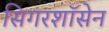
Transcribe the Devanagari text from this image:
सिगरशॉसेन